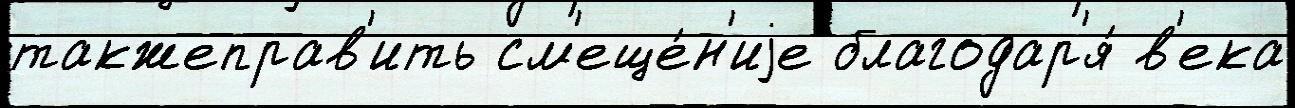
такжеправ'ить см'еще́н'иjе благодар'я́ в'ека